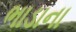
ભાડાના